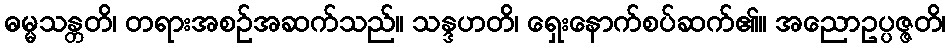
ဓမ္မသန္တတိ၊ တရားအစဉ်အဆက်သည်။ သန္ဒဟတိ၊ ရှေးနောက်စပ်ဆက်၏။ အညောဥပ္ပဇ္ဇတိ၊